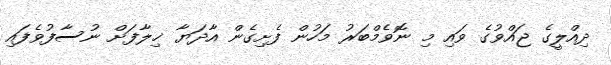
ދިއްލީގެ ޖައްވުގެ ވައި މި ނޮވެމްބަރު މަހުން ފެށިގެން އާދަޔާ ޚިލާފަށް ނުސާފުވެފައި